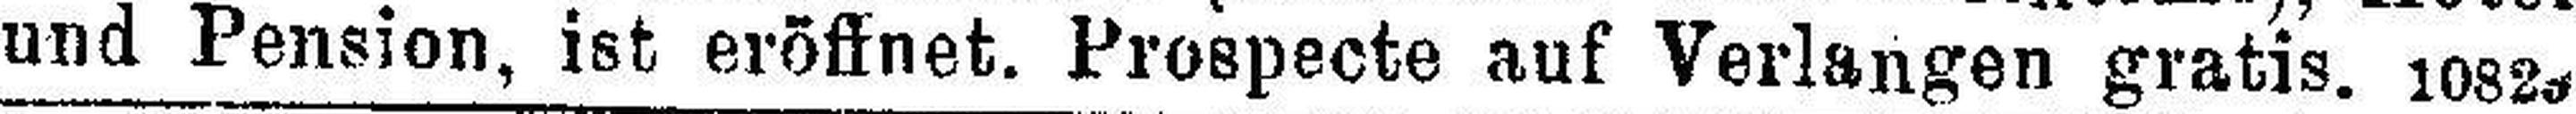
und Pension, ist eröffnet. Prospecte auf Verlangen gratis. 1082.